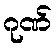
ဂုဏ်